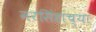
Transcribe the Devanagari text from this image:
नरसिंहांच्या